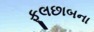
ફૂલછાબના